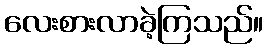
လေးစားလာခဲ့ကြသည်။